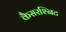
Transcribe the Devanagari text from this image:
कैसरश्निट